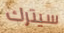
سيترك